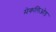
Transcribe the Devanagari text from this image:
मेकलिओड